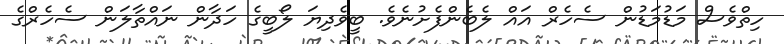
ހިތްވެސް މަޑުމަޑުން ސެހެރް އައް ލެބެންފެށުނެވެ. ބީވެދިޔަ ލޯބީގެ ހަދާން ނައްތާލަން ސެހެރްގެ